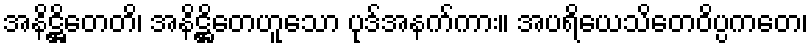
အနိဋ္ဌိတေတိ၊ အနိဋ္ဌိတေဟူသော ပုဒ်အနက်ကား။ အပရိယေသိတေဝိပ္ပကတေ၊